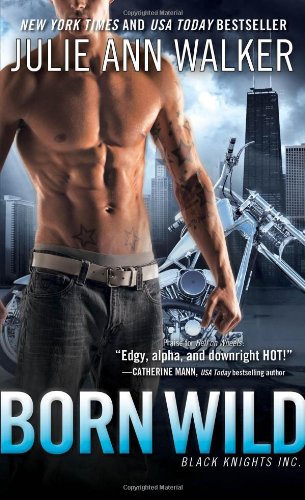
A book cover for Born Wild: Black Knights Inc.; Julie Ann Walker; Romance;